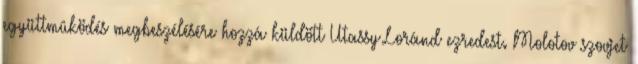
együttmûködés megbeszélésére hozzá küldött Utassy Loránd ezredest. Molotov szovjet